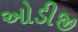
ઓડીજી